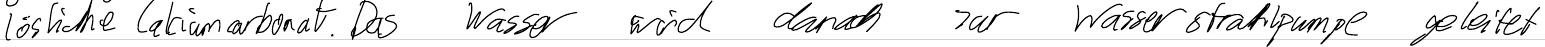
lösliche Calciumcarbonat. Das Wasser wird danach zur Wasserstrahlpumpe geleitet